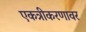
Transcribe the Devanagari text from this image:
एकत्रीकरणावर